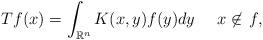
LaTeX: \begin{align*}Tf(x)=\int_{{\mathbb R}^n}K(x,y)f(y)dy\quad\,\,x\not\in \,f,\end{align*}